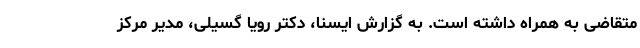
متقاضی به همراه داشته است. به گزارش ایسنا، دکتر رویا گسیلی، مدیر مرکز